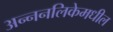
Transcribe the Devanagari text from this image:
अन्ननलिकेमधील